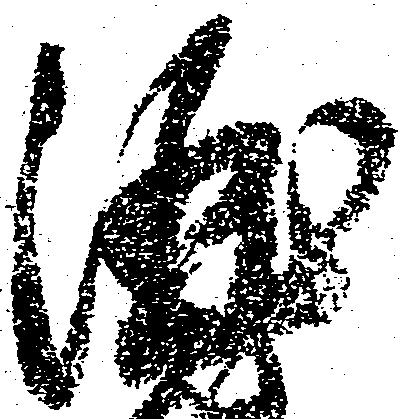
酒